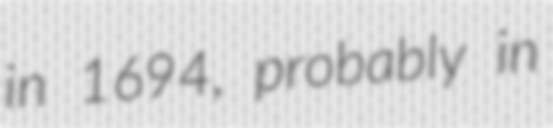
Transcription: in 1694, probably in